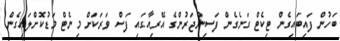
ބަހުން ފައިބައިގެން ޓިކެޓް ގަނެގެން ފަސިންޖަރުންގެ އޭރިއާގައި ފަސް ވަރަކަށް މިނެޓް މަޑުކޮށްލައިގެން